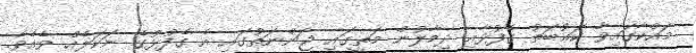
މައްކާގައިވާ ކަޢުބަތު ގެފުޅާއި ދިމާލުން މަތީގައި ޖަންނަތުގައި އެ ގެފުޅުގެ ނަކަލެއް ވެއެވެ.